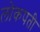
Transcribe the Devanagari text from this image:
लोकपती